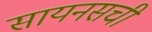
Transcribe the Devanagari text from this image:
सायनसची